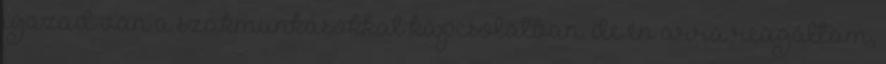
igazad van a szakmunkásokkal kapcsolatban. de én arra reagáltam,